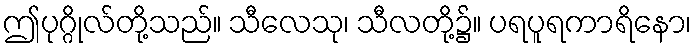
ဤပုဂ္ဂိုလ်တို့သည်။ သီလေသု၊ သီလတို့၌။ ပရပူရကာရိနော၊